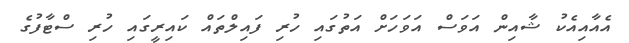
އެއާއިއެކު ޝާއިން އަވަސް އަވަހަށް އަތުގައި ހުރި ފައިލްތައް ކައިރީގައި ހުރި ސްޓާފުގެ